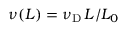
\nu ( L ) = \nu _ { \mathrm { D } } \, L / L _ { 0 }